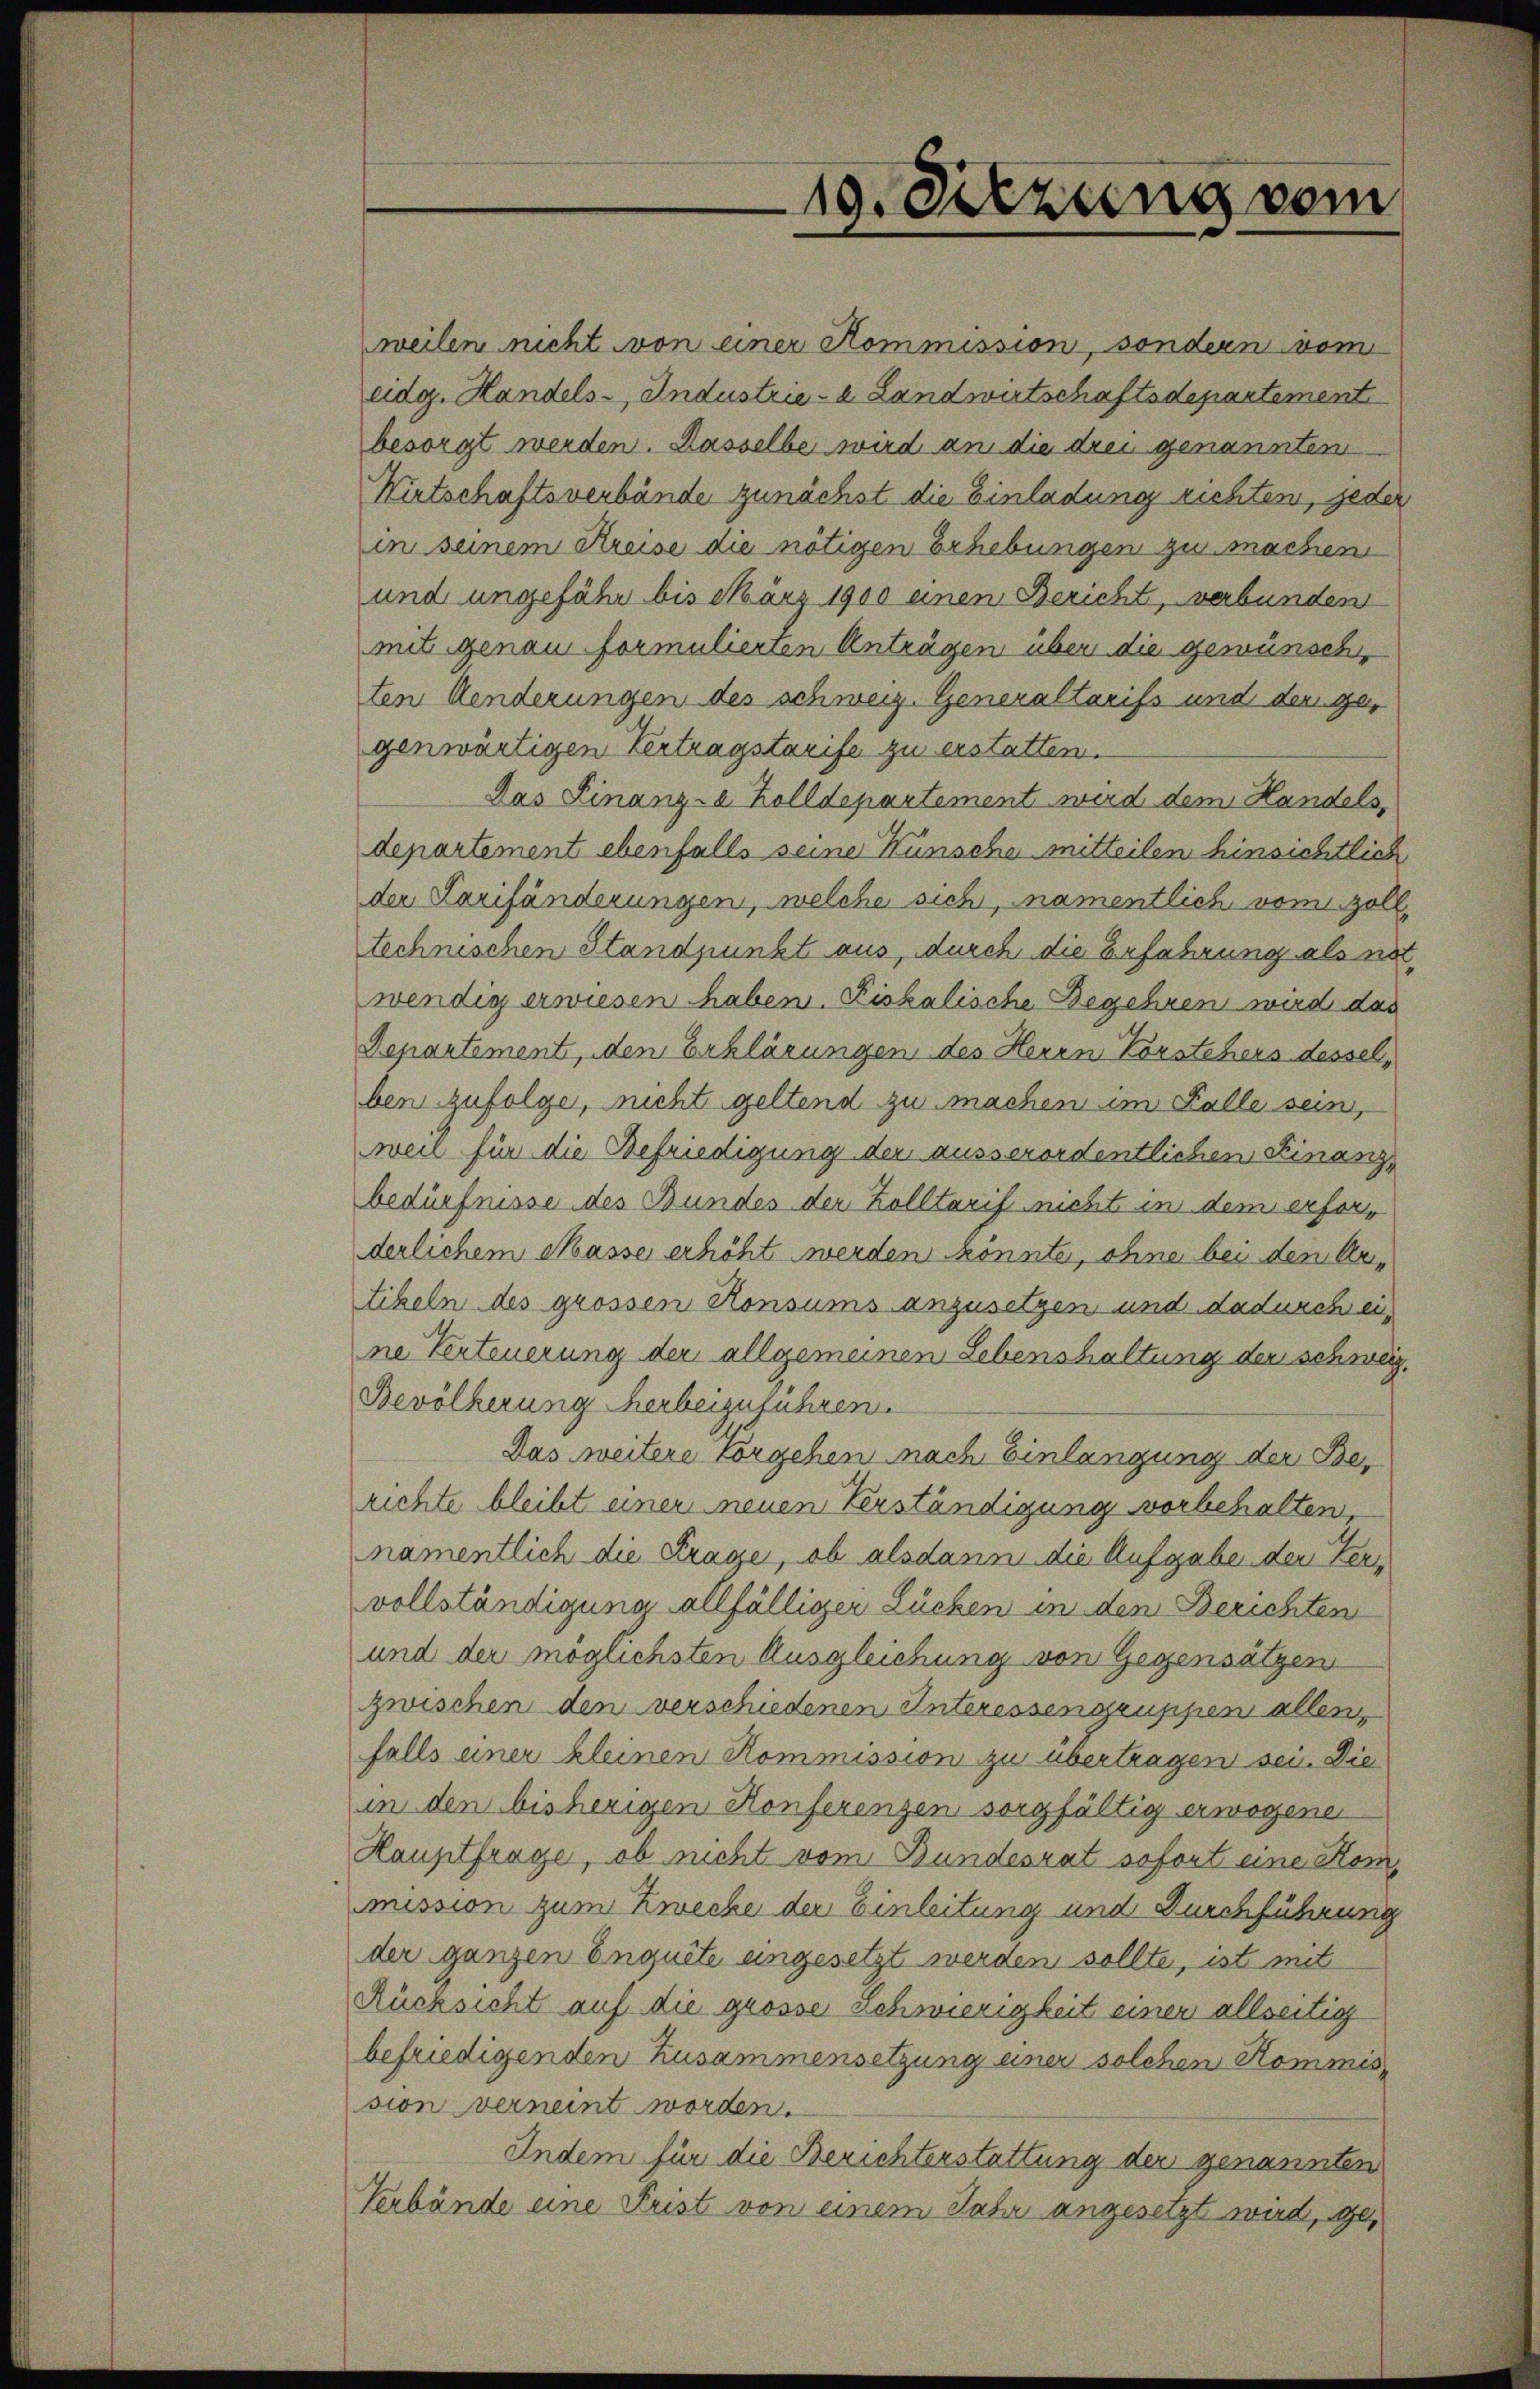
weilen nicht von einer Kommission, sondern vom
eidg. Handels-, Industrie- & Landwirtschaftsdepartement
besorgt werden. Dasselbe wird an die drei genannten
Wirtschaftsverbände zunächst die Einladung richten, jeder
in seinem Kreise die nötigen Erhebungen zu machen
und ungefähr bis März 1900 einen Bericht, verbunden
mit genau formulierten Anträgen über die gewünschten Aenderungen des schweiz. Generaltarifs und der gegenwärtigen Vertragstarife zu erstatten.
Das Finanz-a Zolldepartement wird dem Handels,
departement ebenfalls seine Wünsche mitteilen hinsichtlich
der Larifänderungen, welche sich, namentlich vom Zolltechnischen Standpunkt aus, durch die Erfahrung als na
wendig erwiesen haben. Kiskalische Begehren wird das
Departement, den Erklärungen des Herrn Vorstehers desselben zufolge, nicht geltend zu machen im Falle sein,
weil für die Befriedigung der ausserordentlichen Finanzbedürfnisse des Bundes der Zolltarif nicht in dem erforderlichem Masse erhöht werden konnte, ohne bei den Artikeln des grossen Honsums anzusetzen und dadurch eine Verteuerung der allgemeinen Lebenshaltung der schweiz.
Bevölkerung herbeizuführen.
Das weitere Vorgehen nach Einlangung der Berichte bleibt einer neuen Verständigung vorbehalten
namentlich die Frage, ob alsdann die Aufgabe der Fervollständigung allfälliger Lücken in den Berichten
und der möglichsten Ausgleichung von Gegensätzen
zwischen den verschiedenen Interessengruppen allen
falls einer kleinen Kommission zu übertragen sei. Die
in den bisherigen Konferenzen sorgfältig erwogene
Hauptfrage, ob nicht vom Bundesrat sofort eine Kommission zum Zwecke der Einleitung und Durchführung
der ganzen Inquite eingesetzt werden sollte, ist mit
Rücksicht auf die grosse Schwierigkeit einer allseitig
befriedigenden Zusammensetzung einer solchen Kommission verneint worden.
Indem für die Berichterstattung der genannten
Verbände eine Frist von einem Jahr angesetzt wird, ge¬

19. Sitzung vom